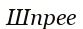
Шпрее